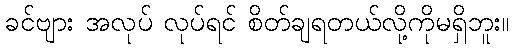
ခင်ဗျား အလုပ် လုပ်ရင် စိတ်ချရတယ်လို့ကိုမရှိဘူး။